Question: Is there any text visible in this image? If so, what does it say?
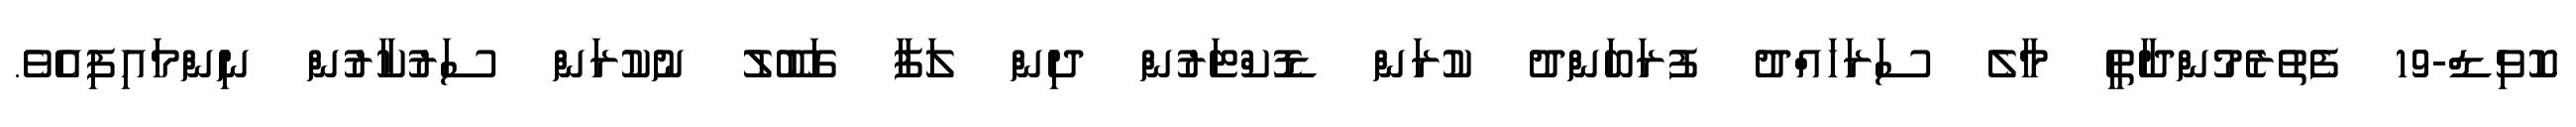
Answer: ކޮވިޑް-19 ފެތުރެމުންދާތީ މާލެ ސަރަހައްދު ފުރަބަންދު ކުރަން ޑޮކްޓަރުން ދިން ލަފާ ގަބޫލު ނުކުރަން ސަރުކާރުން ނިންމައިފިއެވެ.